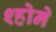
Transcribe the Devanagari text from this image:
श्होने